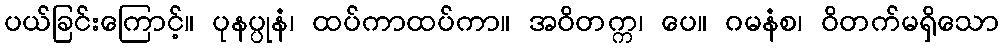
ပယ်ခြင်းကြောင့်။ ပုနပ္ပုနံ၊ ထပ်ကာထပ်ကာ။ အဝိတက္က၊ ပေ။ ဂမနံစ၊ ဝိတက်မရှိသော